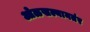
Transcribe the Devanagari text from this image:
ओळखल्यानतंर